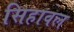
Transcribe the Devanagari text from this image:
सिहावल